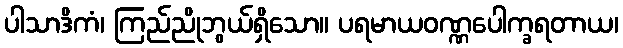
ပါသာဒိကံ၊ ကြည်ညိုဘွယ်ရှိသော။ ပရမာယဝဏ္ဏပေါက္ခရတာယ၊